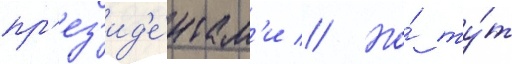
пр'ез'ид'е́нтам'и // Но́ ту́т